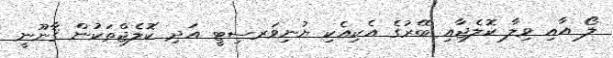
ލޯ އާއި ވިލާ ކޮލެޖާއި ބޭރުގެ އެކިއެކި ޔުނިވަރސިޓީ އަދި ކޮލެޖްތަކުން ޤާނޫނީ